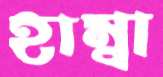
হাম্বা